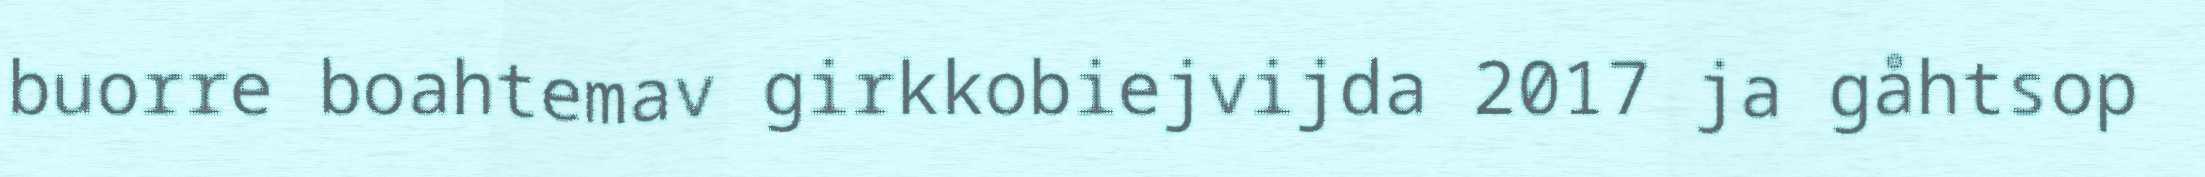
buorre boahtemav girkkobiejvijda 2017 ja gåhtsop